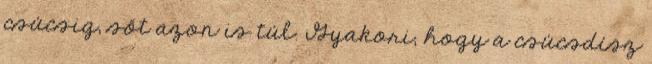
csúcsig, sőt azon is túl. Gyakori, hogy a csúcsdísz